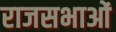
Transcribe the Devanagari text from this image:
राजसभाओं